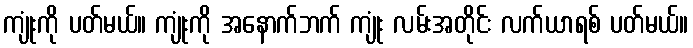
ကျုံးကို ပတ်မယ်။ ကျုံးကို အနောက်ဘက် ကျုံး လမ်းအတိုင်း လက်ယာရစ် ပတ်မယ်။